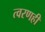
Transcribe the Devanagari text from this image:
त्वरणही